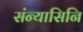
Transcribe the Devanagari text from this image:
संन्यासिनि